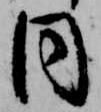
目